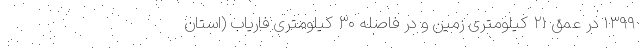
۱۳۹۹ در عمق ۲۱ کیلومتری زمین و در فاصله ۳۰ کیلومتری فاریاب (استان